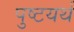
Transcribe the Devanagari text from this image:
पुष्टयर्थ